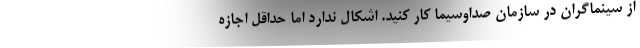
از سینماگران در سازمان صداوسیما کار کنید. اشکال ندارد اما حداقل اجازه